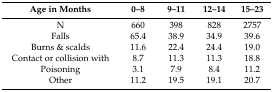
<table><thead><tr><td><b>Age in Months</b></td><td><b>0–8</b></td><td><b>9–11</b></td><td><b>12–14</b></td><td><b>15–23</b></td></tr></thead><tbody><tr><td>N</td><td>660</td><td>398</td><td>828</td><td>2757</td></tr><tr><td>Falls</td><td>65.4</td><td>38.9</td><td>34.9</td><td>39.6</td></tr><tr><td>Burns &amp; scalds</td><td>11.6</td><td>22.4</td><td>24.4</td><td>19.0</td></tr><tr><td>Contact or collision with</td><td>8.7</td><td>11.3</td><td>11.3</td><td>18.8</td></tr><tr><td>Poisoning</td><td>3.1</td><td>7.9</td><td>8.4</td><td>11.2</td></tr><tr><td>Other</td><td>11.2</td><td>19.5</td><td>19.1</td><td>20.7</td></tr></tbody></table>